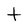
Character: t